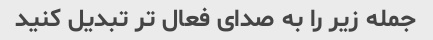
جمله زیر را به صدای فعال تر تبدیل کنید